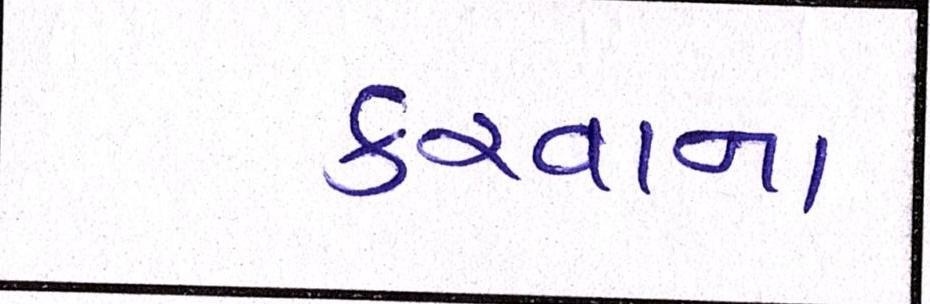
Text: કરવાના